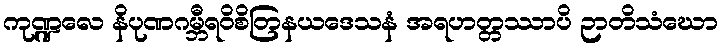
ကုဏ္ဍလေ နိပုဏဂမ္ဘီရဝိစိတြနယဒေသနံ အရဟတ္တဿာပိ ဉာတိသံဃော